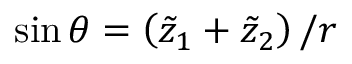
\sin \theta = \left( \tilde { z } _ { 1 } + \tilde { z } _ { 2 } \right) / r